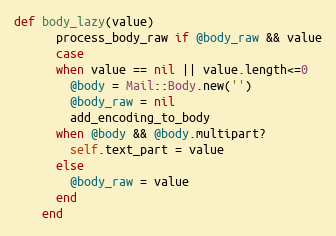
Language: Ruby
def body_lazy(value)
      process_body_raw if @body_raw && value
      case
      when value == nil || value.length<=0
        @body = Mail::Body.new('')
        @body_raw = nil
        add_encoding_to_body
      when @body && @body.multipart?
        self.text_part = value
      else
        @body_raw = value
      end
    end